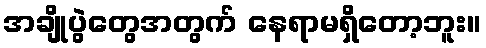
အချိုပွဲတွေအတွက် နေရာမရှိတော့ဘူး။